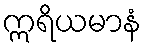
ဣရိယမာနံ